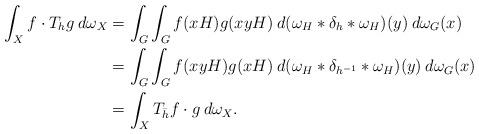
LaTeX: \begin{align*}\int_X f\cdot T_hg\> d\omega_X&=\int_G\int_G f(xH) g(xyH) \> d(\omega_H*\delta_h*\omega_H)(y) \> d\omega_G(x) \\&=\int_G\int_G f(xyH) g(xH)\> d(\omega_H*\delta_{h^{-1}}*\omega_H)(y) \> d\omega_G(x)\\&=\int_X T_{\bar h}f\cdot g\> d\omega_X.\end{align*}